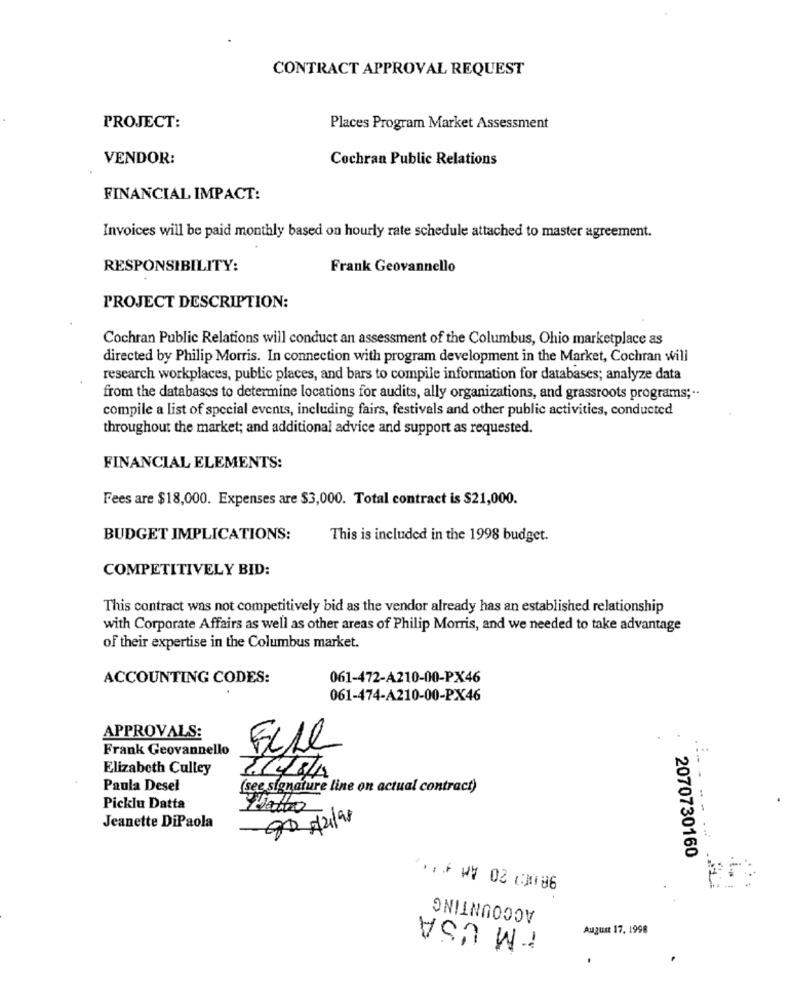
CONTRACT APPROVAL REQUEST
PROJECT:
Places Program Market Assessment
VENDOR:
Cochran Public Relations
FINANCIAL IMPACT:
Invoices will be paid monthly based on hourly rate schedule attached to master agreement.
RESPONSIBILITY:
Frank Geovannello
PROJECT DESCRIPTION:
Cochran Public Relations will conduct an assessment of the Columbus, Ohio marketplace as
directed by Philip Morris. In connection with program development in the Market, Cochran will
research workplaces, public places, and bars to compile information for databases; analyze data
from the databases to determine locations for audits, ally organizations, and grassroots programs ;..
compile a list of special events, including fairs, festivals and other public activities, conducted
throughout the market; and additional advice and support as requested.
FINANCIAL ELEMENTS:
Fees are $18,000. Expenses are $3,000. Total contract is $21,000.
BUDGET IMPLICATIONS:
This is included in the 1998 budget.
COMPETITIVELY BID:
This contract was not competitively bid as the vendor already has an established relationship
with Corporate Affairs as well as other areas of Philip Morris, and we needed to take advantage
of their expertise in the Columbus market.
ACCOUNTING CODES:
061-472-A210-00-PX46
061-474-A210-00-PX46
APPROVALS:
Frank Geovannello
Elizabeth Culley
Paula Desel
(see signature line on actual contract)
Picklu Datta
3
Jeanette DiPaola
2070730160
*** WY 02 03086
ACCOUNTING
IM USA
August 17, 1998